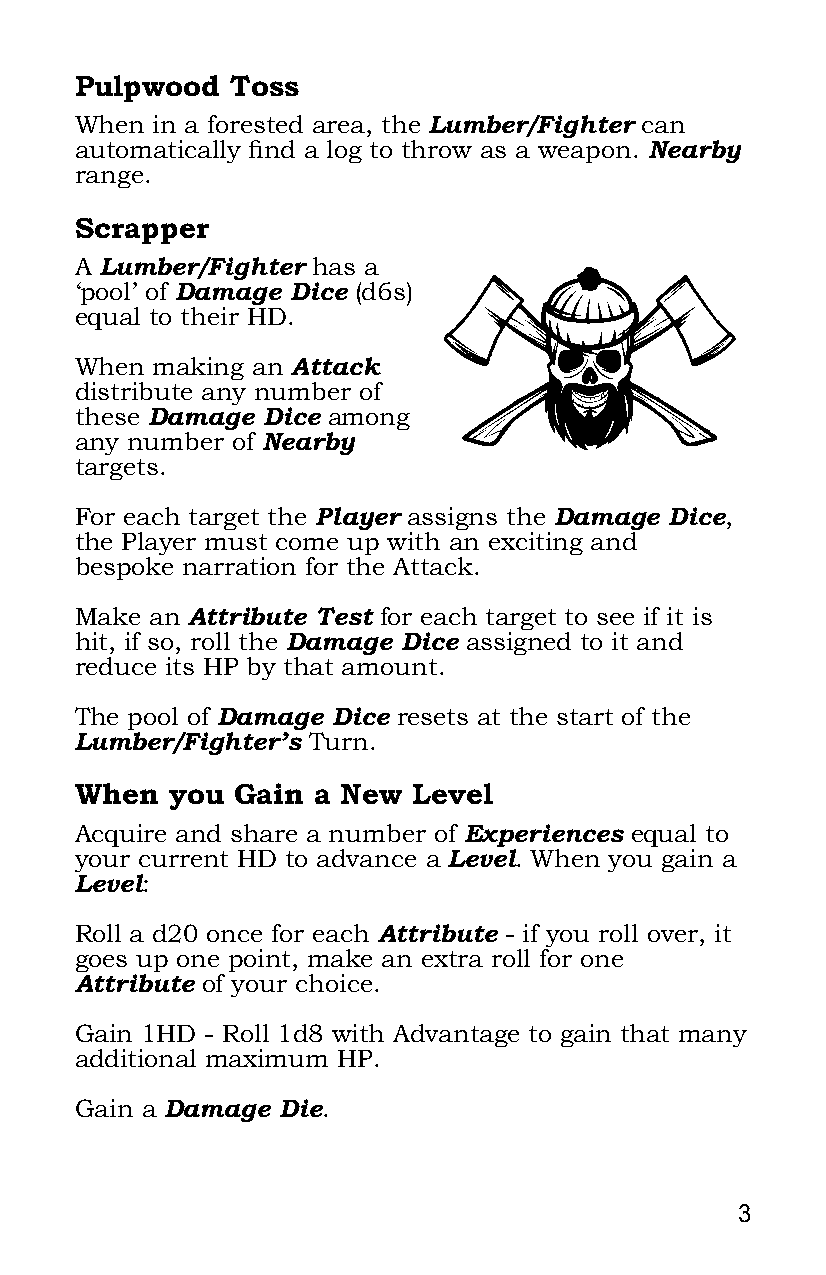
Pulpwood  Toss
 When in a forested area, the Lumber/Fighter can
 automatically find a log to throw as a weapon. Nearby
 range.
 Scrapper
 H
 A Lumber/Fighter has a
 ‘pool’ of Damage Dice (d6s)
 equal to their HD.
 When making an Attack
 distribute any number of
 these Damage Dice among
 any number of Nearby
 targets.
 For each target the Player assigns the Damage Dice,
 the Player must come up with an exciting and
 bespoke narration for the Attack.
 Make an Attribute Test for each target to see if it is
 hit, if so, roll the Damage Dice assigned to it and
 reduce its HP by that amount.
 The pool of Damage Dice resets at the start of the
 Lumber/Fighter’s Turn.
 When  you  Gain a New Level
 Acquire and share a number of Experiences equal to
 your current HD to advance a Level. When you gain a
 Level:
 Roll a d20 once for each Attribute - if you roll over, it
 goes up one point, make an extra roll for one
 Attribute of your choice.
 Gain 1HD - Roll 1d8 with Advantage to gain that many
 additional maximum HP.
 Gain a Damage Die.
 3